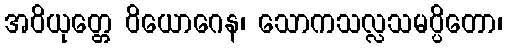
အဝိယုတ္တေ ဝိယောဂေန၊ သောကသလ္လသမပ္ပိတော၊